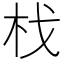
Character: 𣏾